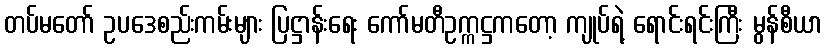
တပ်မတော် ဥပဒေစည်းကမ်းများ ပြဋ္ဌာန်းရေး ကော်မတီဥက္ကဋ္ဌကတော့ ကျုပ်ရဲ့ ရောင်းရင်းကြီး မွန်စီယာ